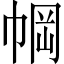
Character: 𫷆